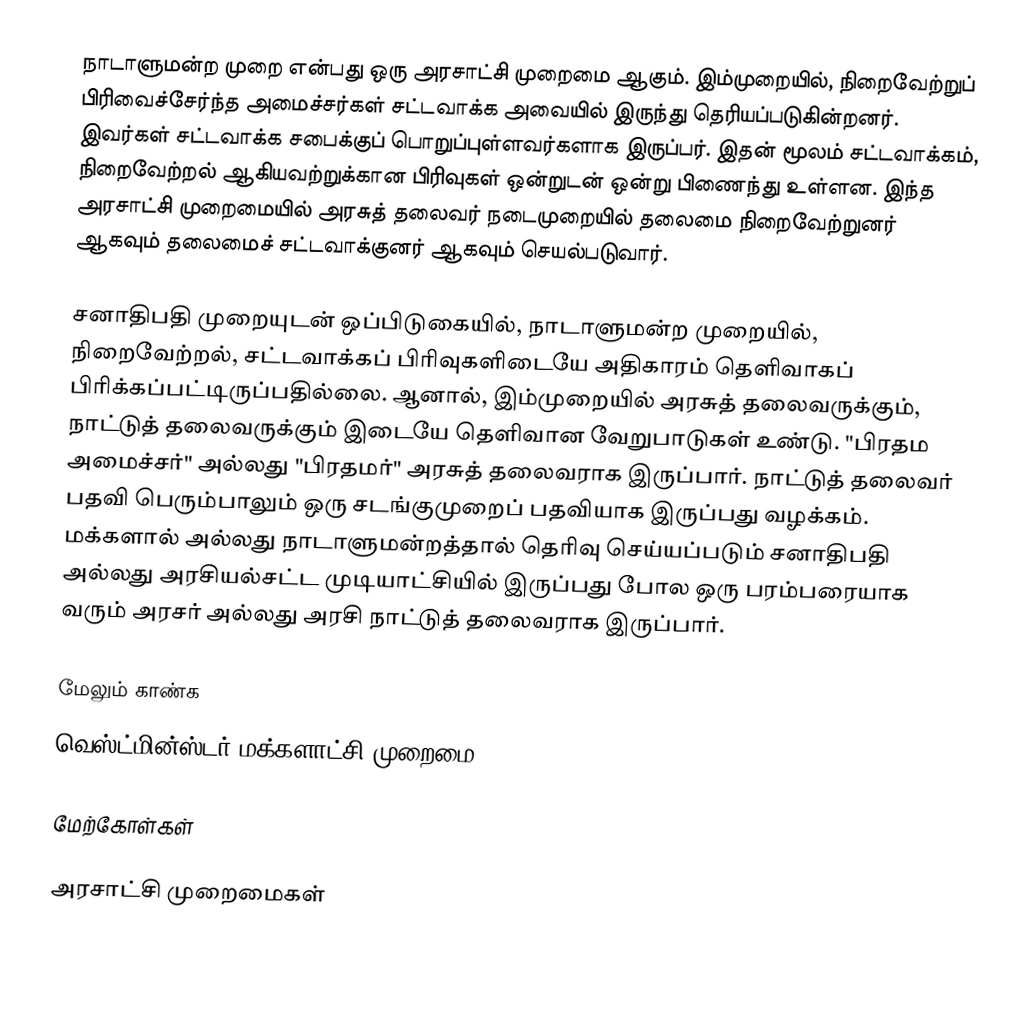
நாடாளுமன்ற முறை என்பது ஒரு அரசாட்சி முறைமை ஆகும். இம்முறையில், நிறைவேற்றுப் பிரிவைச்சேர்ந்த அமைச்சர்கள் சட்டவாக்க அவையில் இருந்து தெரியப்படுகின்றனர். இவர்கள் சட்டவாக்க சபைக்குப் பொறுப்புள்ளவர்களாக இருப்பர். இதன் மூலம் சட்டவாக்கம், நிறைவேற்றல் ஆகியவற்றுக்கான பிரிவுகள் ஒன்றுடன் ஒன்று பிணைந்து உள்ளன. இந்த அரசாட்சி முறைமையில் அரசுத் தலைவர் நடைமுறையில் தலைமை நிறைவேற்றுனர் ஆகவும் தலைமைச் சட்டவாக்குனர் ஆகவும் செயல்படுவார்.

சனாதிபதி முறையுடன் ஒப்பிடுகையில், நாடாளுமன்ற முறையில், நிறைவேற்றல், சட்டவாக்கப் பிரிவுகளிடையே அதிகாரம் தெளிவாகப் பிரிக்கப்பட்டிருப்பதில்லை. ஆனால், இம்முறையில் அரசுத் தலைவருக்கும், நாட்டுத் தலைவருக்கும் இடையே தெளிவான வேறுபாடுகள் உண்டு. "பிரதம அமைச்சர்" அல்லது "பிரதமர்" அரசுத் தலைவராக இருப்பார். நாட்டுத் தலைவர் பதவி பெரும்பாலும் ஒரு சடங்குமுறைப் பதவியாக இருப்பது வழக்கம். மக்களால் அல்லது நாடாளுமன்றத்தால் தெரிவு செய்யப்படும் சனாதிபதி அல்லது அரசியல்சட்ட முடியாட்சியில் இருப்பது போல ஒரு பரம்பரையாக வரும் அரசர் அல்லது அரசி நாட்டுத் தலைவராக இருப்பார்.

மேலும் காண்க
வெஸ்ட்மின்ஸ்டர் மக்களாட்சி முறைமை

மேற்கோள்கள்

அரசாட்சி முறைமைகள்